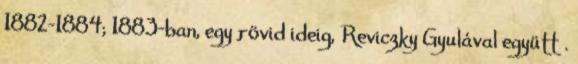
1882–1884; 1883-ban, egy rövid ideig, Reviczky Gyulával együtt .